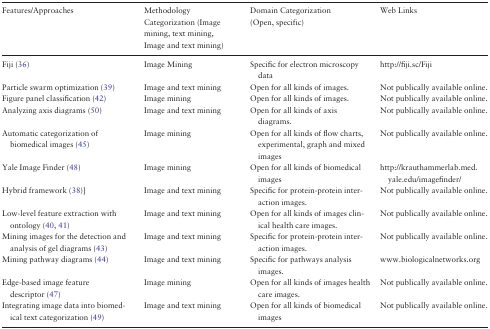
<table><thead><tr><td><b>Features/Approaches</b></td><td><b>Methodology Categorization (Image mining, text mining, Image and text mining)</b></td><td><b>Domain Categorization (Open, specific)</b></td><td><b>Web Links</b></td></tr></thead><tbody><tr><td>Fiji (36)</td><td>Image Mining</td><td>Specific for electron microscopy data</td><td>http://fiji.sc/Fiji</td></tr><tr><td>Particle swarm optimization (39)</td><td>Image and text mining</td><td>Open for all kinds of images.</td><td>Not publically available online.</td></tr><tr><td>Figure panel classification (42)</td><td>Image mining</td><td>Open for all kinds of images.</td><td>Not publically available online.</td></tr><tr><td>Analyzing axis diagrams (50)</td><td>Image and text mining</td><td>Open for all kinds of axis diagrams.</td><td>Not publically available online.</td></tr><tr><td>Automatic categorization of biomedical images (45)</td><td>Image mining</td><td>Open for all kinds of flow charts, experimental, graph and mixed images</td><td>Not publically available online.</td></tr><tr><td>Yale Image Finder (48)</td><td>Image mining</td><td>Open for all kinds of biomedical images</td><td>http://krauthammerlab.med.yale.edu/imagefinder/</td></tr><tr><td>Hybrid framework (38)]</td><td>Image and text mining</td><td>Specific for protein-protein interaction images.</td><td>Not publically available online.</td></tr><tr><td>Low-level feature extraction with ontology (40, 41)</td><td>Image and text mining</td><td>Open for all kinds of images clinical health care images.</td><td>Not publically available online.</td></tr><tr><td>Mining images for the detection and analysis of gel diagrams (43)</td><td>Image and text mining</td><td>Specific for protein-protein interaction images.</td><td>Not publically available online.</td></tr><tr><td>Mining pathway diagrams (44)</td><td>Image and text mining</td><td>Specific for pathways analysis images.</td><td>www.biologicalnetworks.org</td></tr><tr><td>Edge-based image feature descriptor (47)</td><td>Image mining</td><td>Open for all kinds of images health care images.</td><td>Not publically available online.</td></tr><tr><td>Integrating image data into biomedical text categorization (49)</td><td>Image and text mining</td><td>Open for all kinds of biomedical images</td><td>Not publically available online.</td></tr></tbody></table>